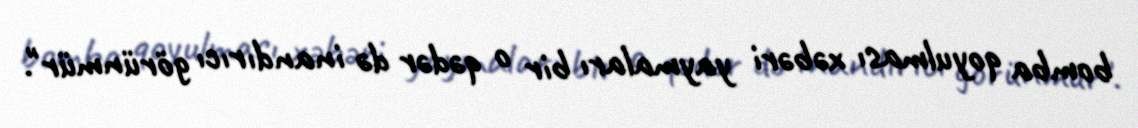
bomba qoyulması xəbəri yaymaları bir o qədər də inandırıcı görünmür".